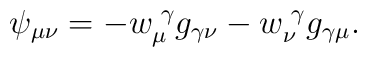
\psi_{\mu\nu} = - w^{\,\,\gamma}_{\mu}g_{\gamma\nu} -  w^{\,\,\gamma}_{\nu}g_{\gamma\mu}.